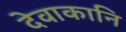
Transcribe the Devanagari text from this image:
देवाकानि